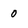
Character: 0